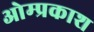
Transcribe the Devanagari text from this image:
ओम्प्रकाश